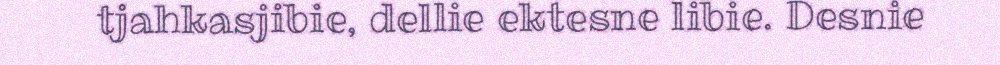
tjahkasjibie, dellie ektesne libie. Desnie